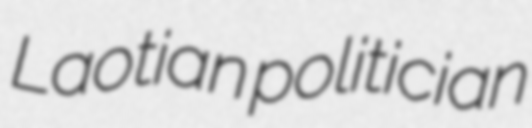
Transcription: Laotian politician